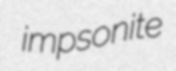
impsonite